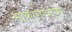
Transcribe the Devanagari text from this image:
साकारण्यावर